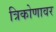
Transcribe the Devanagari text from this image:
त्रिकोणावर